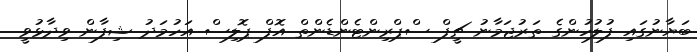
ބަޔާނުގައި ފުލުހުންގެ ތަރުޖަމާނު ޗީފް ސްޕްރިންޓެންޑެންތް އޮފް ޕޮލިސް އަހުމަދު ޝިފާން ވިދާޅުވީ